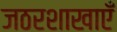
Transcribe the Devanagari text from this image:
जठरशाखाएँ